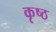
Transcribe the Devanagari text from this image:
कृष्ठ